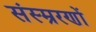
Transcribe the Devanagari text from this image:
संस्म्ररणों